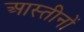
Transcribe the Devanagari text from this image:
आस्तीनों